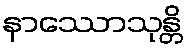
နာဿောသုန္တိ